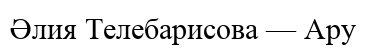
Әлия Телебарисова — Ару